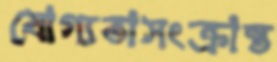
যোগ্যতাসংক্রান্ত